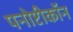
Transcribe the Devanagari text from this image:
पनोप्टीकॉन